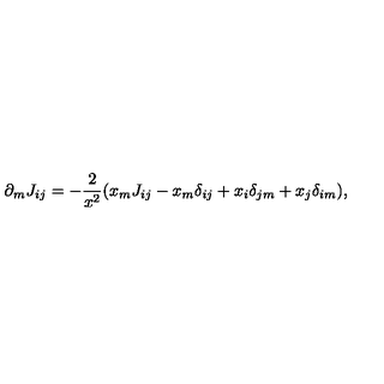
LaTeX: \partial _ { m } J _ { i j } = - \frac { 2 } { x ^ { 2 } } ( x _ { m } J _ { i j } - x _ { m } \delta _ { i j } + x _ { i } \delta _ { j m } + x _ { j } \delta _ { i m } ) ,